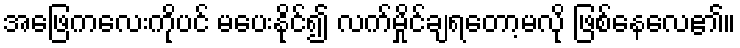
အဖြေကလေးကိုပင် မပေးနိုင်၍ လက်မှိုင်ချရတော့မလို ဖြစ်နေလေ၏။